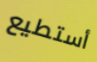
أستطيع